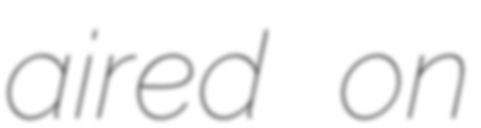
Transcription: aired on